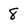
Character: 8